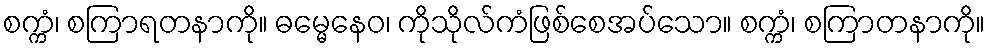
စက္ကံ၊ စကြာရတနာကို။ ဓမ္မေနေဝ၊ ကိုသိုလ်ကံဖြစ်စေအပ်သော။ စက္ကံ၊ စကြာတနာကို။